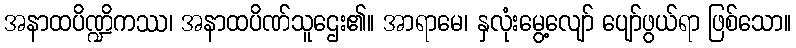
အနာထပိဏ္ဍိကဿ၊ အနာထပိဏ်သူဌေး၏။ အာရာမေ၊ နှလုံးမွေ့လျော် ပျော်ဖွယ်ရာ ဖြစ်သော။